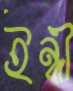
ইন্নী